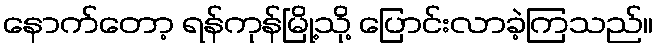
နောက်တော့ ရန်ကုန်မြို့သို့ ပြောင်းလာခဲ့ကြသည်။